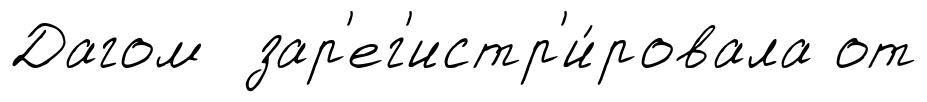
Дагом зар'ег'истр'и́ровала от